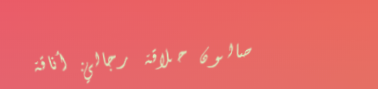
صالون حلاقة رجالي: أناقة